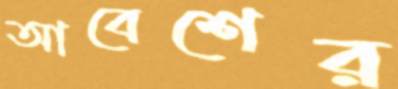
আবেশের